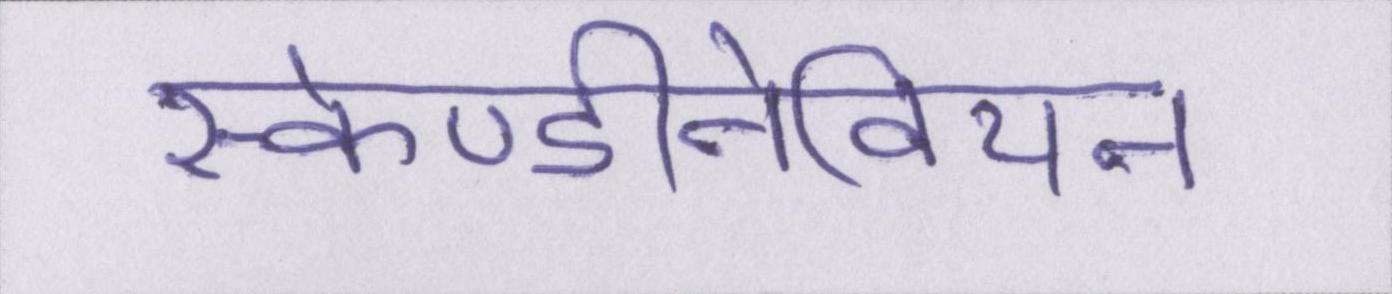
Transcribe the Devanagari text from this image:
स्केण्डीनेवियन